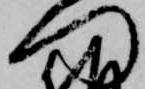
門